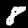
Digit: 8